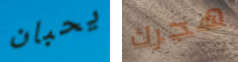
يحبان هجرك